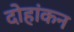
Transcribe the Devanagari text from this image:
दोहांकन